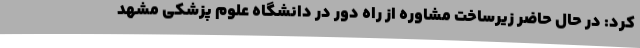
کرد: در حال حاضر زیرساخت مشاوره از راه دور در دانشگاه علوم پزشکی مشهد